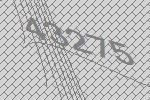
43275